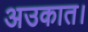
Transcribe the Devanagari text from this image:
अउकात।